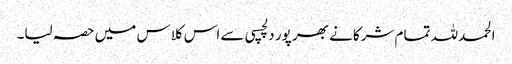
الحمدللہ تمام شرکانے بھر پور دلچسپی سے اس کلاس میں حصہ لیا۔